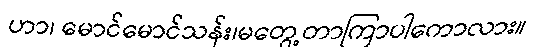
ဟာ၊ မောင်မောင်သန်း၊မတွေ့တာကြာပါကောလား။